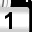
Digit: 1